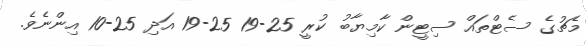
މެޗުގެ ސެޓްތައް ސިޓީން ކާމިޔާބު ކުރީ 25-19 25-19 އަދި 25-10 އިންނެވެ.